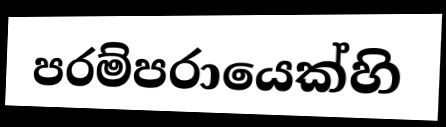
පරම්පරායෙක්හි